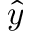
\hat { y }